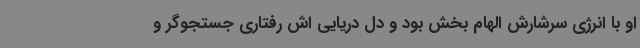
او با انرژی سرشارش الهام بخش بود و دل دریایی اش رفتاری جستجوگر و